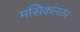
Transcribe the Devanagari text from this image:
मसिकांनंतर